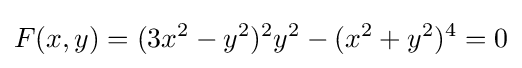
F(x,y)=(3x^{2}-y^{2})^{2}y^{2}-(x^{2}+y^{2})^{4}=0